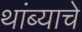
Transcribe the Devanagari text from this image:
थांब्याचे